Medical and sanitary report of the native army of Bengal for the year
Year: 1877
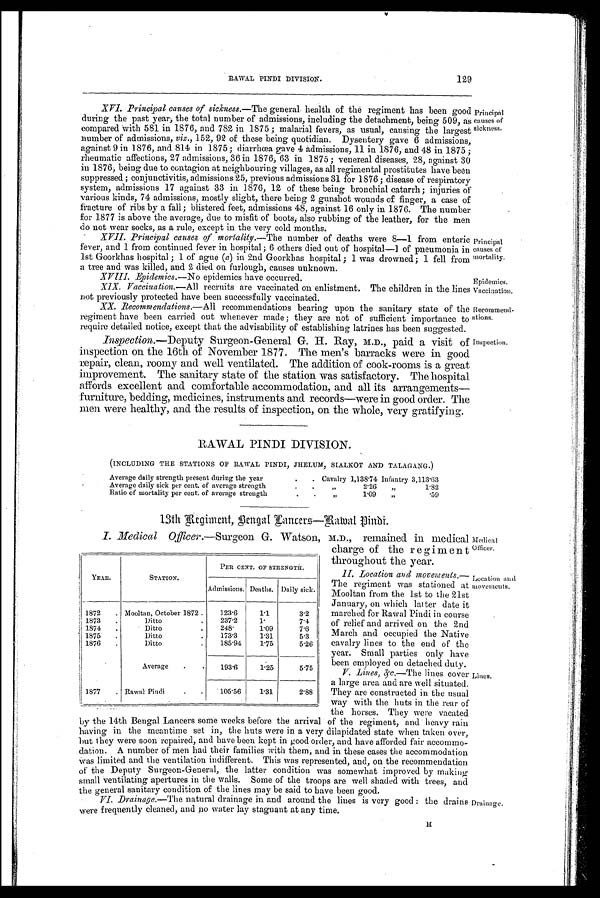
Principal
causes of
mortality.
Epidemics.
Vaccination.
Recommend-
ations.
Inspection.
129
RAWAL PINDI DIVISION.
XVI. Principal causes of sickness.—Theg e n e r a l h e a l t h o f t h e r e g i m e n t h a s b e e n g o o d
during the past year, the total number of admissions, including the detachment, being 509,
compared with 581 in 1876, and 782 in 1875; malarial fevers, as usual, causing the largest
number of admissions, viz., 152, 92 of these being quotidian. Dysentery gave 6 admissions,
against 9 in 1876, and 814 in 1875; diarrhœa gave 4 admissions, 11 in 1876, and 48 in 1875;
rheumatic affections, 27 admissions, 36 in 1876, 63 in 1875; venereal diseases, 28, against 30
in 1876; being due to contagion at neighbouring villages, as all regimental prostitutes have been
suppressed; conjunctivitis, admissions 25, previous admissions 31 for 1876; disease of respiratory
system, admissions 17 against 33 in 1876, 12 of these being bronchial catarrh; injuries of
various kinds, 74 admissions, mostly slight, there being 2 gunshot wounds of finger, a case of
fracture of ribs by a fall; blistered feet, admissions 48, against 16 only in 1876. The number
for 1877 is above the average, due to misfit of boots; also rubbing of the leather, for the men
do not wear socks, as a rule, except in the very cold months.
• XVII. Principal causes mortality.—The number of deaths were 8—1 from enteric
fever, and 1 from continued fever in hospital; 6 others died out of hospital—1 of pneumonia in
1st Goorkhas hospital; 1 of ague (a) in 2nd Goorkhas hospital; 1 was drowned; 1 fell from
a tree and was killed, and 2 died on furlough, causes unknown.
XVIII.
Epidemics.—No epidemics have occurred.
XIX. Vaccination.—All recruits are vaccinated on enlistment. The children in the line
not previously protected have been successfully vaccinated.
XX. Recommendations.—All recommendations bearing upon the sanitary state of the
regiment have been carried out whenever made; they are not of sufficient importance to
require detailed notice, except that the advisability of establishing latrines has been suggested.
Inspection.—Deputy Surgeon-General G. H. Ray, M.D., paid a visit of
inspection on the 16th of November 1877. The men's barracks were in good
repair, clean, roomy and well ventilated. The addition of cook-rooms is a great
improvement. The sanitary state of the station was satisfactory. The hospital
affords excellent and comfortable accommodation, and all its arrangements—
furniture, bedding, medicines, instruments and records—were in good order. The
men were healthy, and the results of inspection, on the whole, very gratifying.
Principal
causes of
sickness.
RAWAL PINDI DIVISION.
(INCLUDING THE STATIONS OF RAWAL PINDI, JHELUM, SIALKOT AND TALAGANG.)
Average daily strength present during the year
.
. Cavalry 1,138.74 Infantry 3,113.63
Average daily sick per cent, of average strength
,,
2.26
,,
1.82
Ratio of mortality per cent. of average strength
,,
1.09
,2
.59
13th Regiment, Bengal Lancers—Rawal Pindi.
I. Medical Officer.—Surgeon G. Watson, M.D., remained in medical
charge of the regiment
throughout the year.
II. Location and movements—
T h e r e g i m e n t w a s s t a t i o n e d a t
Mooltan from the 1st to the 21st
January, on which latter date it
marched for Rawal Pindi in course
of relief and arrived on the 2nd
March and occupied the Native
cavalry lines to the end of the
year. Small parties only have
been employed on detached duty.
V. Lines, &c.—The lines cove
a large area and are well situated
They are constructed in the usual
way with the huts in the rear of
the horses. They were vacated
by the 14th Bengal Lancers some weeks before the arrival of the regiment, and heavy rain
having in the meantime set in, the huts were in a very dilapidated state when taken over
but they were soon repaired, and have been kept in good order, and have afforded fair accommo-
dation. A number of men had their families with them, and in these cases the accommodation
was limited and the ventilation indifferent. This was represented, and, on the recommendation
of the Deputy Surgeon-General, the latter condition was somewhat improved by making
small ventilating apertures in the walls. Some of the troops are well shaded with trees, and
the general sanitary condition of the lines may be said to have been good.
•
VI. Drainage.—The natural drainage in and around the lines is very good: the drain
were frequently cleaned; and no water lay stagnant at any time.
YEAR.
STATION.
PEE CENT. OF STRENGTH.
Admissions. Deaths. Daily sick.
1872
. Mooltan, October 1872 .
123.6
1.1
3.2
1873
.
Ditto
.
237.2
1.
7.4
1874
.
Ditto
.
248.
1.09
7.6
1875
.
Ditto
.
173.3
1.31
5.3
1876
.
Ditto
.
185.94
1.75
5.26
Average
•
•
193.6
1.25
5.75
1877
Rawal Pindi
.
.
105.56
1 . 3 1
2.88
Medical Officer.
Location and
movements.
Lines.
Drainage.